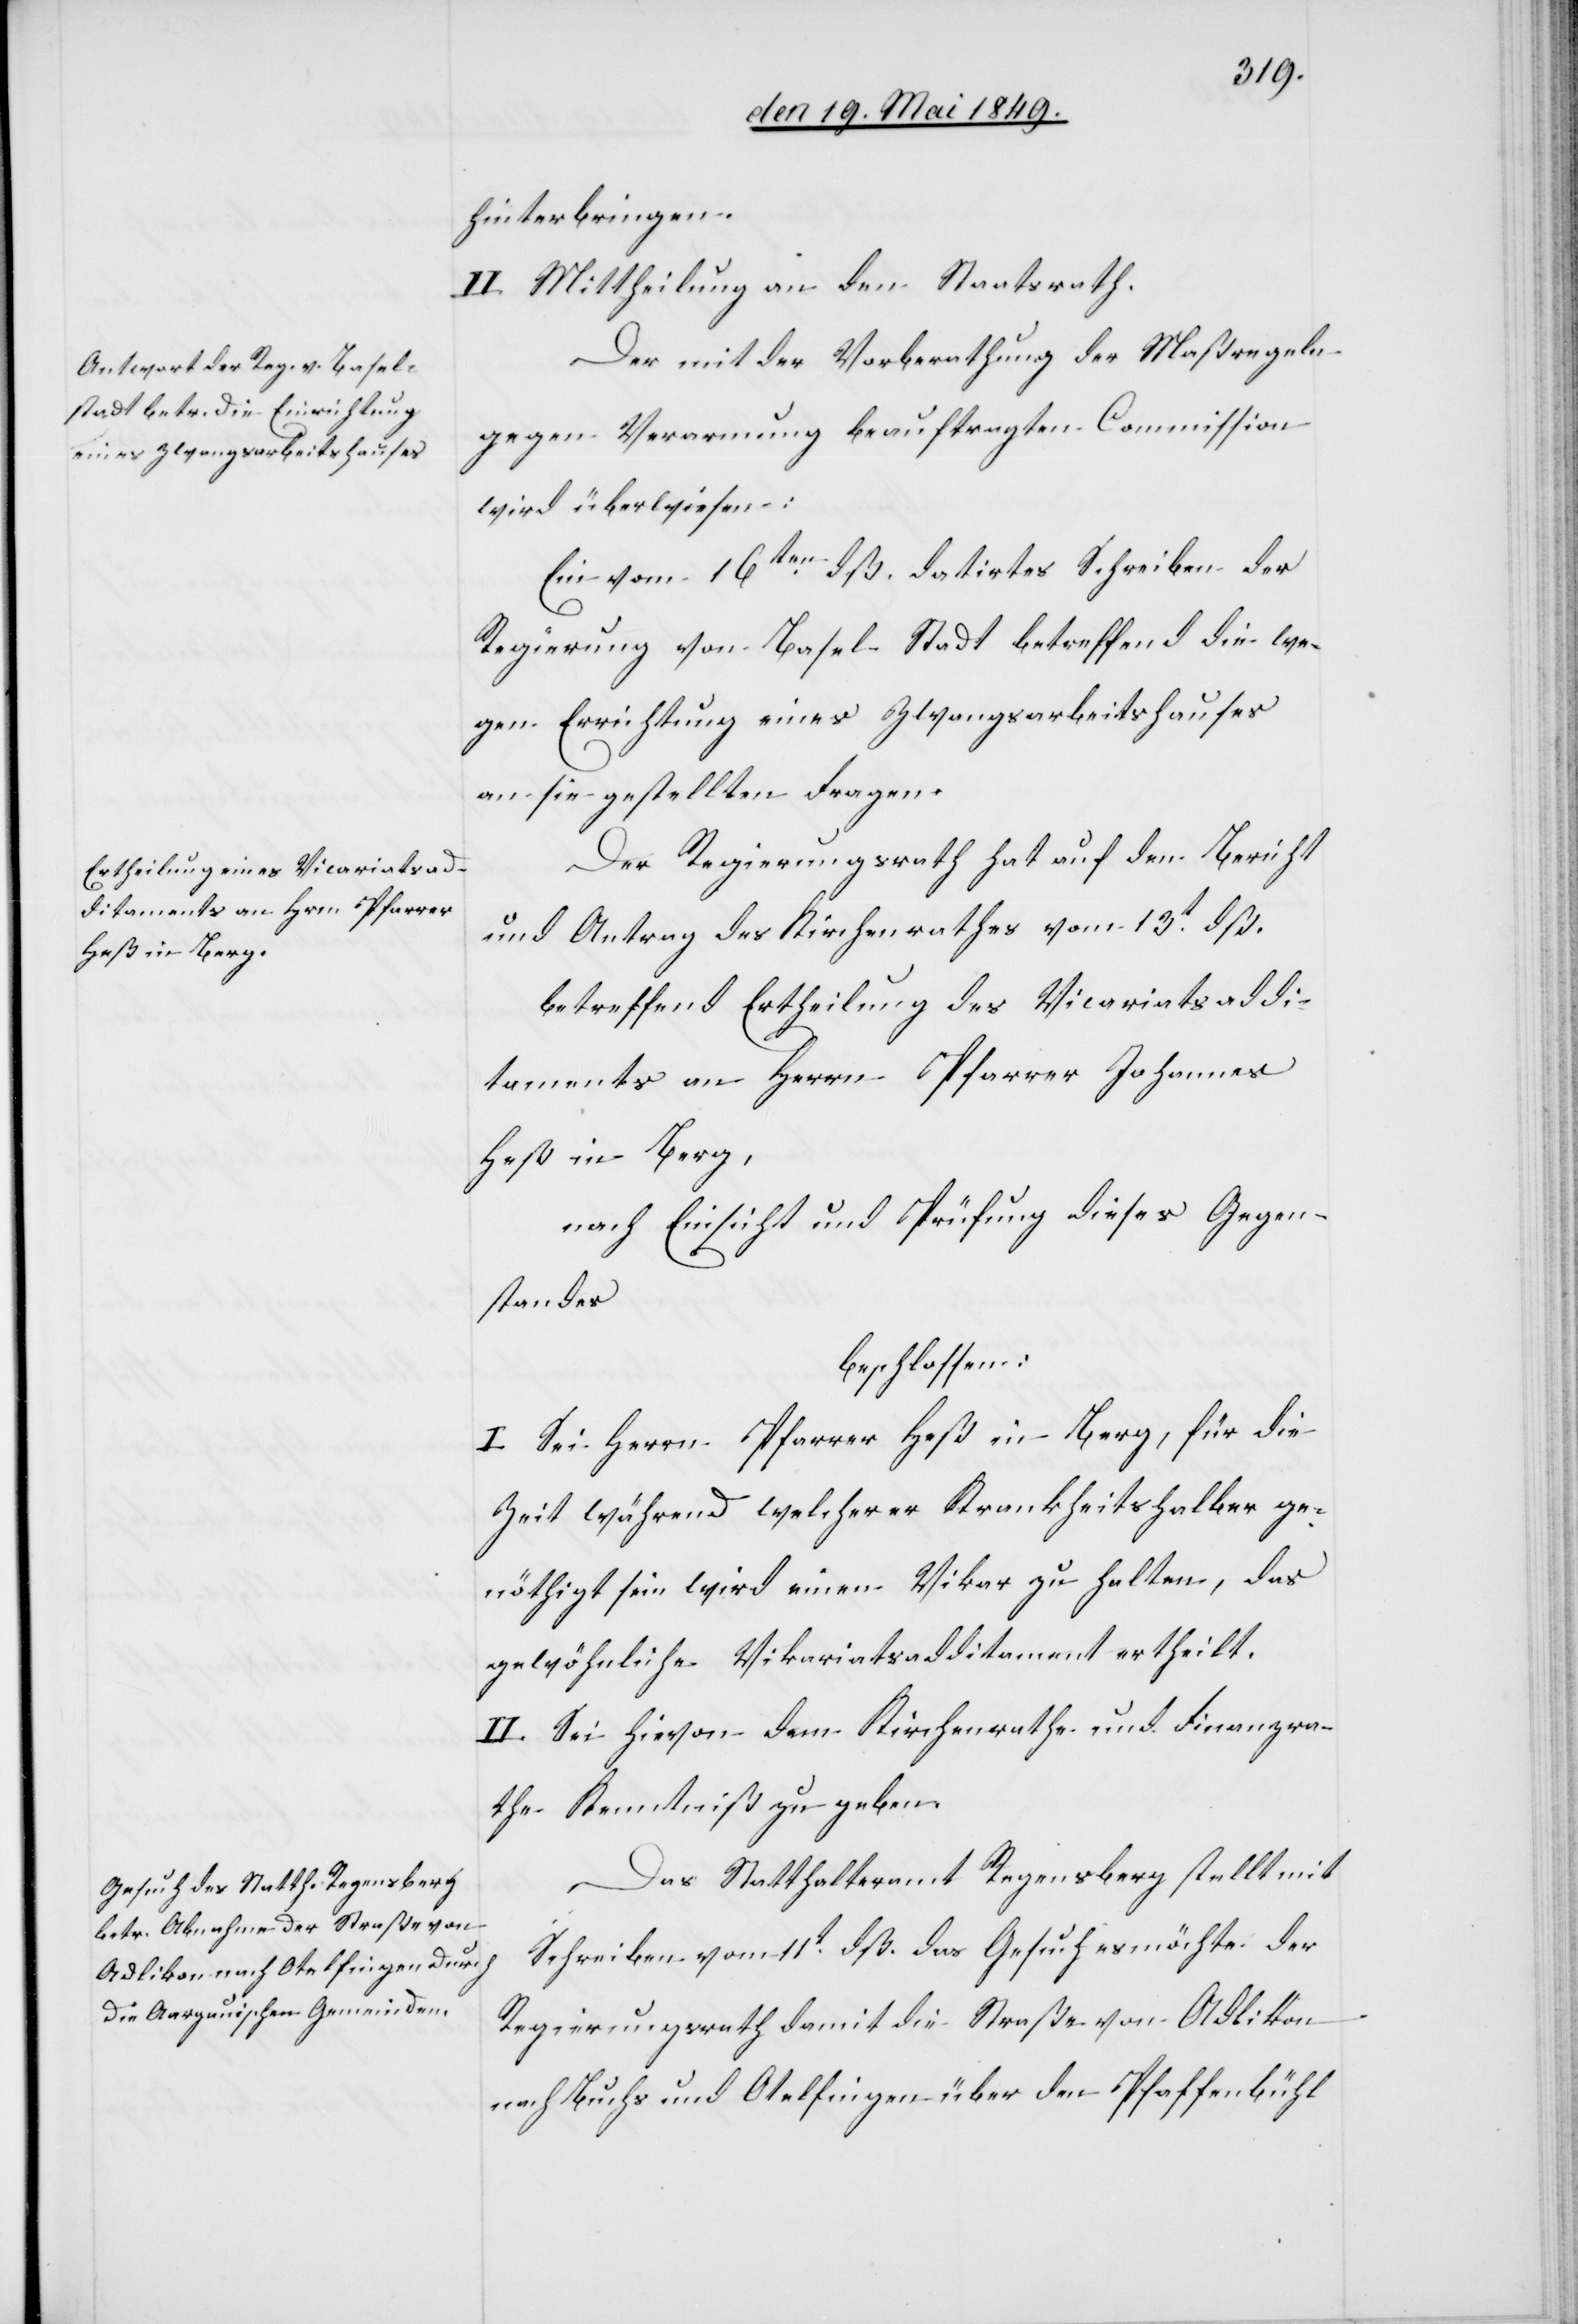
hinterbringen.
II. Mittheilung an den Staatsrath.
Der mit der Vorberathung der Maßregeln
gegen Verarmung beauftragten Commission
wird überwiesen:
Ein vom 16ten dß. datirtes Schreiben der
Regierung von Basel Stadt betreffend die we¬
gen Errichtung eines Zwangsarbeitshauses
an sie gestellten Fragen.
Der Regierungsrath hat auf den Bericht
und Antrag des Kirchenrathes vom 13t dß.
betreffend Ertheilung des Vicariatsaddi¬
taments an Herrn Pfarrer Johannes
Heß in Berg,
nach Einsicht und Prüfung dieses Gegen¬
standes
beschlossen:
I. Sei Herrn Pfarrer Heß in Berg, für die
Zeit während welcher er Krankheitshalber ge¬
nöthigt sein wird einen Vikar zu halten, das
gewöhnliche Vikariatsadditament ertheilt.
II. Sei hievon dem Kirchenrathe und Finanzra¬
the Kenntniß zu geben.
Das Statthalteramt Regensberg stellt mit
Schreiben vom 11t dß. das Gesuch es möchte der
Regierungsrath damit die Straße von Adlikon
nach Buchs und Otelfingen über den Pfaffenbühl